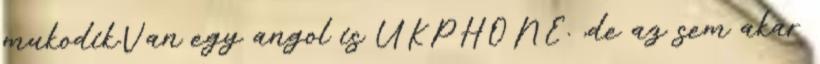
mukodik.Van egy angol is UKPHONE. ,de az sem akar